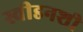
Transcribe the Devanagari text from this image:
स्वीडनशी